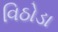
વિઠોડા